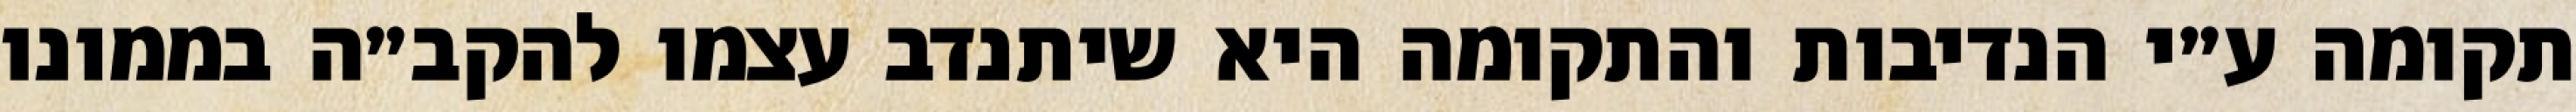
תקומה ע״י הנדיבות והתקומה היא שיתנדב עצמו להקב״ה בממונו